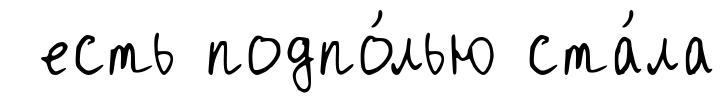
есть подпо́лью ста́ла